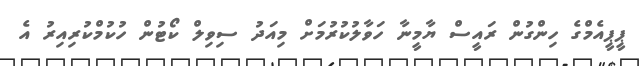
ޕީޕީއެމްގެ ހިންގުން ރައީސް ޔާމީނާ ހަވާލުކުރުމަށް މިއަދު ސިވިލް ކޯޓުން ހުކުމްކުރިއިރު އެ